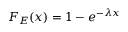
F _ { E } ( x ) = 1 - e ^ { - \lambda x }